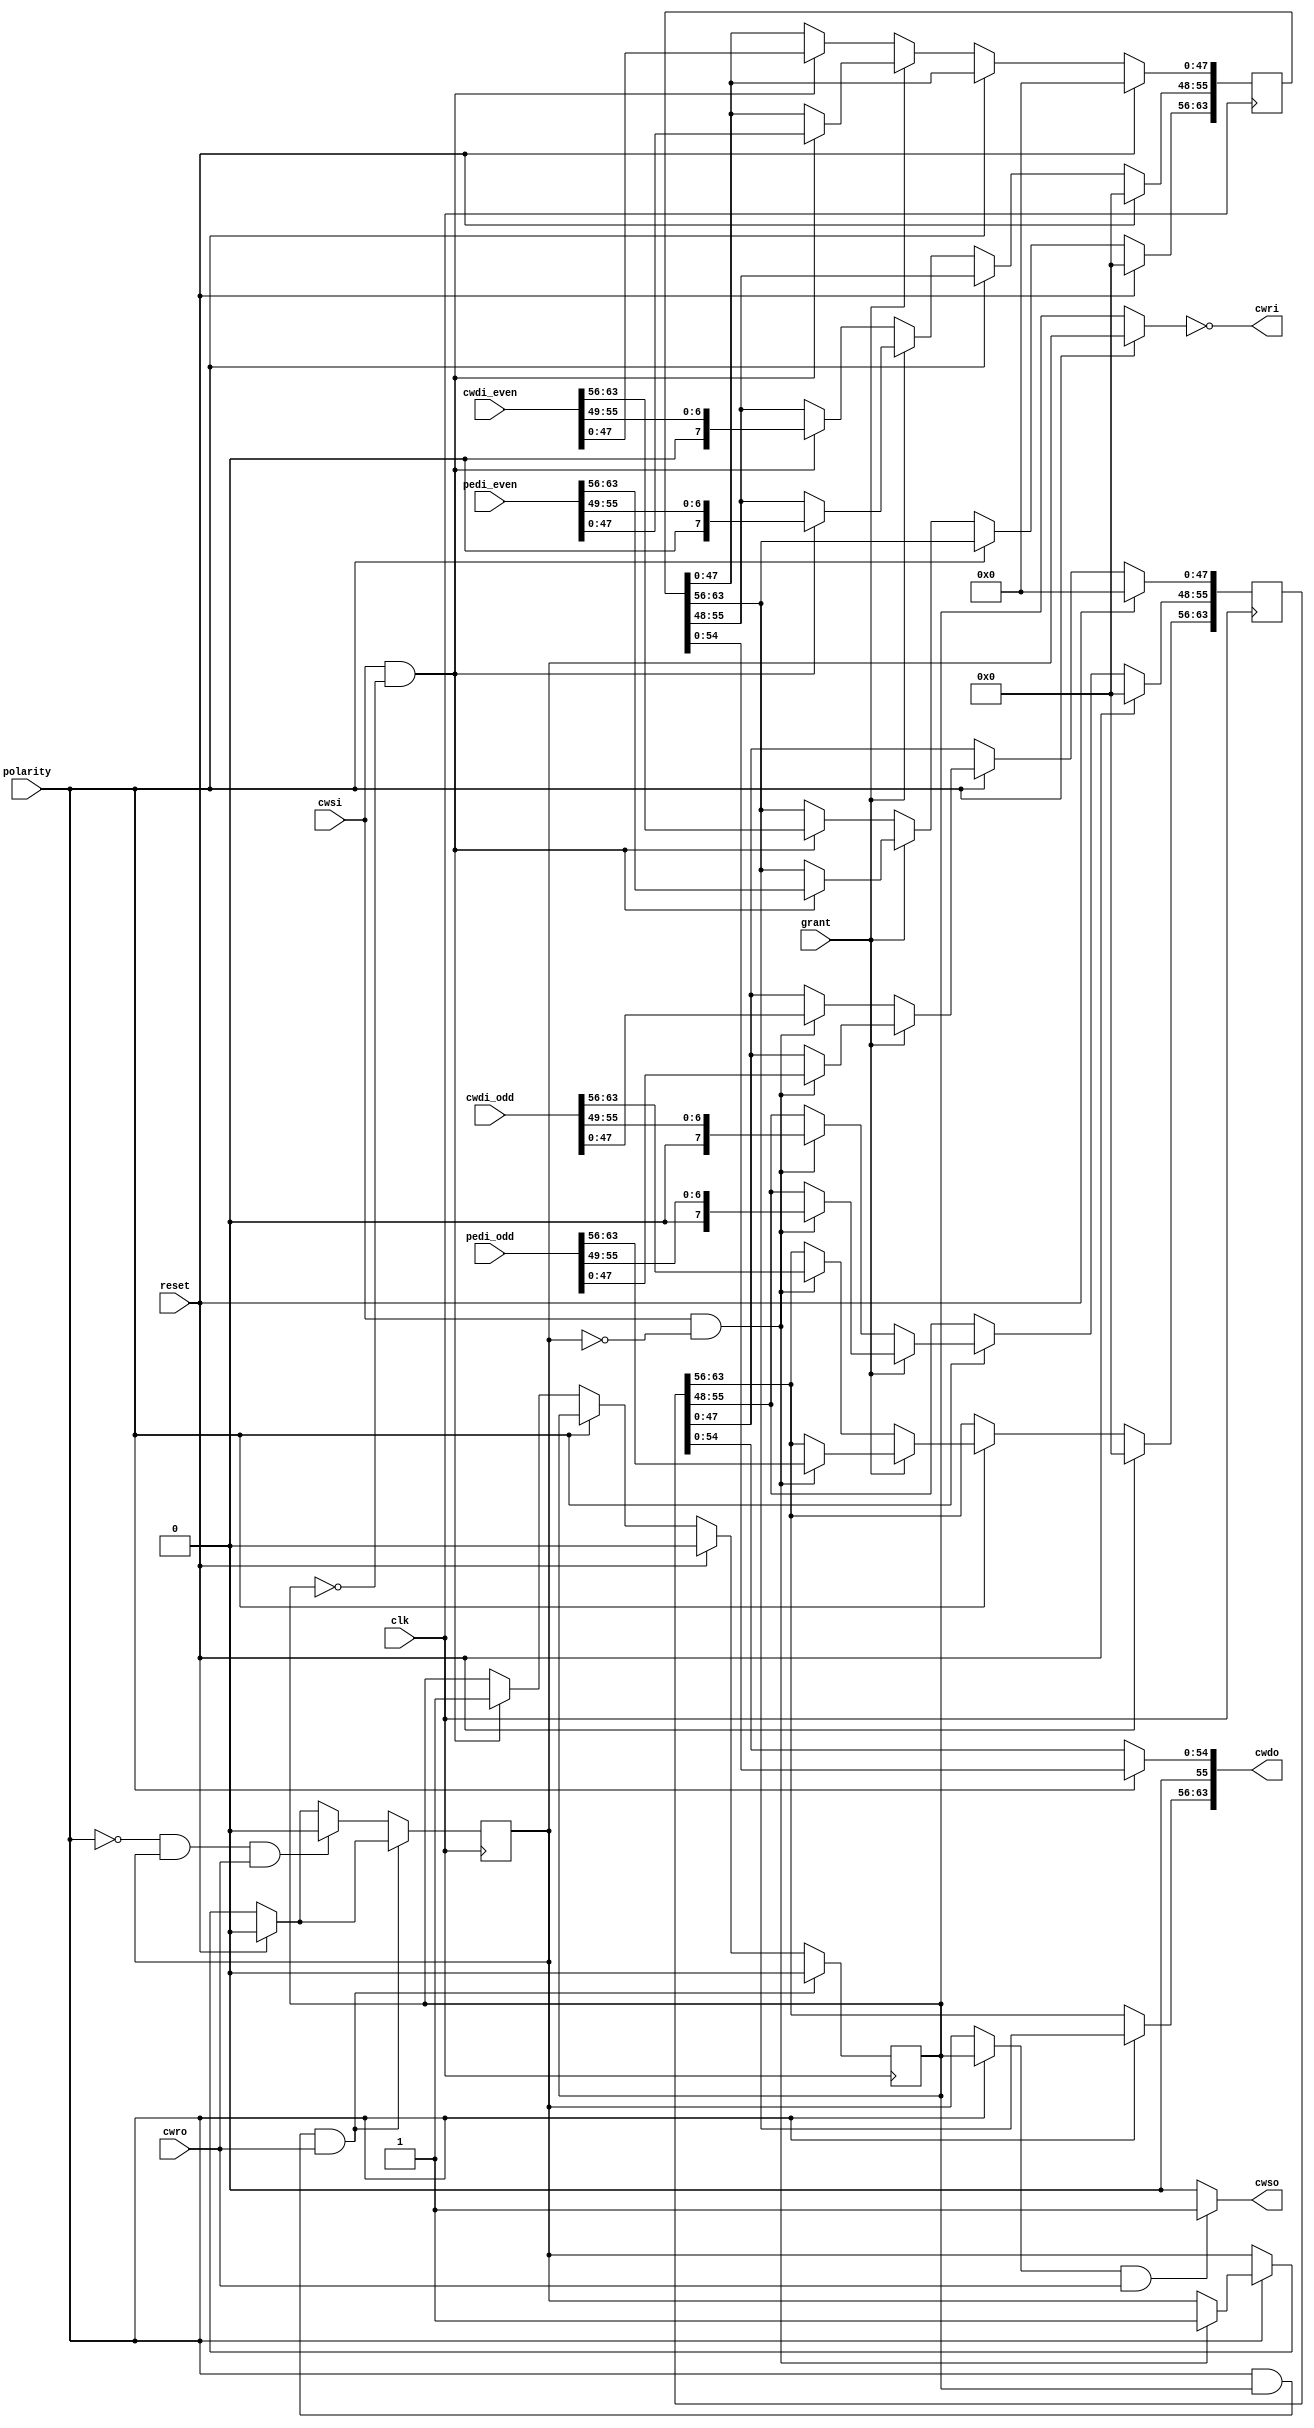
module buffer_right (cwsi, cwri, cwdi_even, cwdi_odd, pedi_even, pedi_odd, cwso, cwro, cwdo, grant, polarity, clk, reset);

input [63:0] cwdi_even, cwdi_odd, pedi_even, pedi_odd;
input cwsi, cwro, clk, reset, polarity, grant;

output [63:0] cwdo;
output cwri;
output cwso;

reg [63:0] cwdo_even, cwdo_odd;


reg full_even, full_odd;
assign full = (!polarity)? full_even : full_odd;
assign cwri = ~ full;
assign cwso = (((!polarity)? full_odd : full_even) & cwro)? 1 : 0;
assign cwdo[63:56] = (!polarity)? cwdo_odd[63:56] : cwdo_even[63:56];
assign cwdo[54:0] = (!polarity)? cwdo_odd[54:0] : cwdo_even[54:0];
assign cwdo[55] = 1'b0;


always @(posedge clk) 
begin
    if (reset) begin
        cwdo_even <= 0;
        cwdo_odd <= 0;
        full_even <= 0;
        full_odd <= 0;   
    end


 
    else if (!polarity) begin   //even channel
        if (!grant) begin   // pick the data from cw when grant is 0
            if (cwsi && !full_even) begin
                cwdo_even <= cwdi_even;
                cwdo_even[55:48] <= cwdi_even[55:48] >> 1;
                // cwdo_even[54:48] <= cwdi_even[55:49];
                // cwdo_even[55] <= 0;
                full_even <= 1;                
            end
     
            else begin
                cwdo_even <= cwdo_even;
                full_even <= full_even;
            end
        end

        else begin      // pick the data from pe when grant is 1
            if (cwsi && !full_even) begin
                cwdo_even <= pedi_even;
                cwdo_even[55:48] <= pedi_even[55:48] >> 1;
                // cwdo_even[54:48] <= pedi_even[55:49];
                // cwdo_even[55] <= 0;
                full_even <= 1;                
            end
            
            else begin
                cwdo_even <= cwdo_even;
                full_even <= full_even;
            end
        end
    end

    else begin  //odd channel
        if (!grant) begin       // pick the data from cw when grant is 0
            if (cwsi && !full_odd) begin
                cwdo_odd <= cwdi_odd;
                cwdo_odd[55:48] <= cwdi_odd[55:48] >> 1;
                // cwdo_odd[54:48] <= cwdi_odd[55:49];
                // cwdo_odd[55] <= 0;
                full_odd <= 1;
            end
            
            else begin
                cwdo_odd <= cwdo_odd;
                full_odd <= full_odd;
            end
        end

        else begin      // pick the data from pe when grant is 1
            if (cwsi && !full_odd) begin
                cwdo_odd <= pedi_odd;
                cwdo_odd[55:48] <= pedi_odd[55:48] >> 1;
                // cwdo_odd[54:48] <= pedi_odd[55:49];
                // cwdo_odd[55] <= 0;
                full_odd <= 1;   
            end

            else begin
                cwdo_odd <= cwdo_odd;
                full_odd <= full_odd;
            end
        end        
    end

    if (polarity && full_even && cwro) begin
        full_even <= 0;
    end

    else if (!polarity && full_odd && cwro) begin
        full_odd <= 0;
    end

end

endmodule